Bombay plague: being a history of the progress of plague in the Bombay presidency from September 1896 to June 1899
Year: 1896
Disease focus: Plague
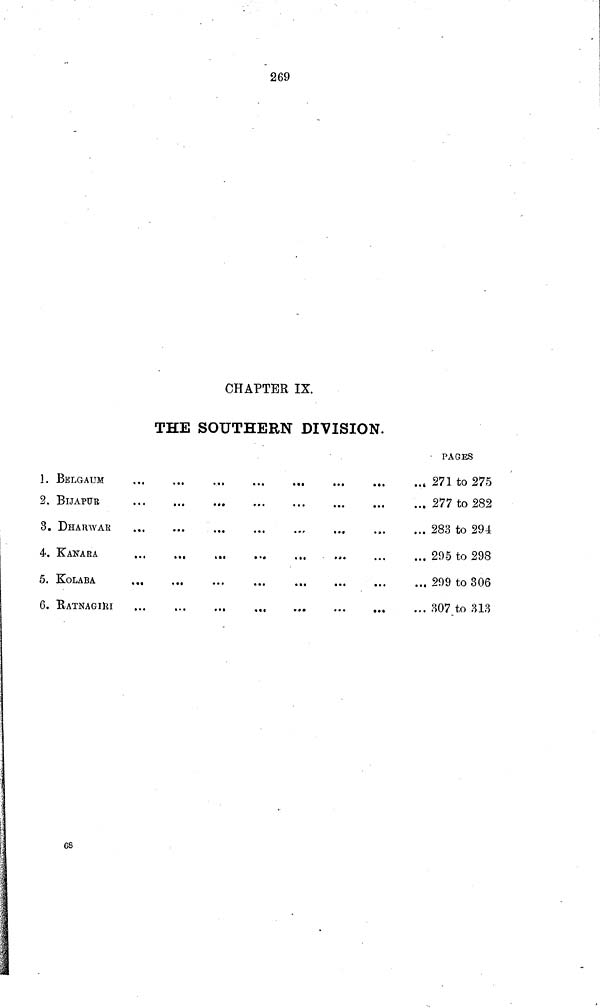
269
CHAPTER IX.
THE SOUTHERN DIVISION.
1.
2.
3.
4.
5.
6.
BELGAUM
BIJAPUR
DHAUWAR
ΚΑΝΑ R A
KOLABA
RATNAGIRI
...
...
...
...
...
...
...
...
...
...
...
...
...
...
...
...
...
...
...
...
...
...
...
...
...
...
...
...
...
···
...
...
...
...
...
...
...
...
...
...
...
...
PAGES
... 271 to 275
... 277 to 282
... 283 to 294
... 295 to 298
... 299 to 306
... 807 to 313